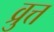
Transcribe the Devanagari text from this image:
व्रुत्त